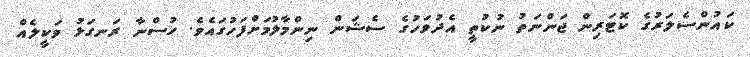
ކައުންސެލަރުގެ ކޮޓަރިން ޖަންނަތު ނުކުތީ އެދުވަހުގެ ސެޝަން ނިންމާލުމަށްފަހުގައެވެ. ހުސްނާ ރަނގަޅު ވަކީލެއް